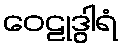
ဝေဠုဒွါရံ